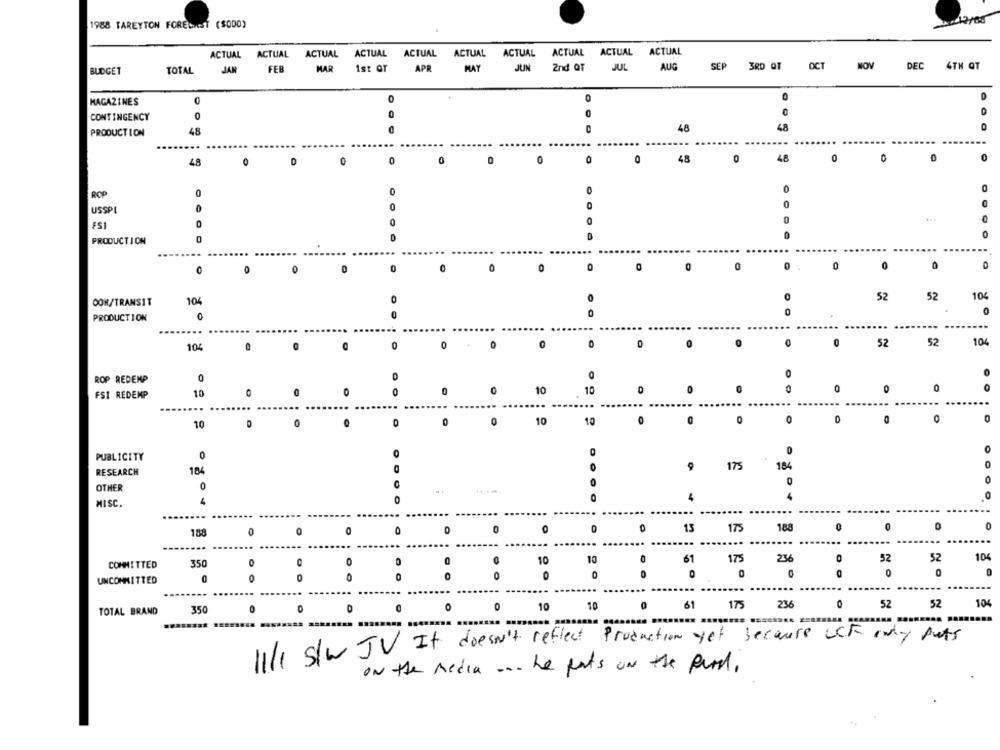
1988 TAREYTON FORECAST ($000)
ACTUAL ACTUAL ACTUAL ACTUAL ACTUAL ACTUAL ACTUAL ACTUAL ACTUAL ACTUAL
MAR 1st OT APR MAY
JUN 2nd QT JUL
AUG
SEP
3RD QT
OCT
NOV
DEC
4TH QT
BUDGET
TOTAL
JAN
FEB
AP
MAGAZINES
0
CONTINGENCY
0
C
48
48
PRODUCTION
48
48
0
48
0
D
0
0
0
0
48
ROP
USSPL
0
0
FSI
PRODUCTION
O
0
0
0
0
104
52
52
104
OOK/TRANSIT
0
PRODUCTION
104
0
0
O
0
52
52
104
ROP REDEMP
0
0
10
10
0
FSI REDEMP
10
0
10
10
0
0
0
0
0
10
O
PUBLICITY
0
0
175
154
0
RESEARCH
184
9
0
0
OTHER
MISC.
0
0
0
0
188
0
0
O
0
0
13
175
188
0
...
...
...
104
10
10
61
175
236
52
52
COMMITTED
350
0
0
0
0
0
0
0
0
0
UNCOMMITTED
0
0
0
10
10
61
175
236
0
52
52
104
TOTAL BRAND
350
0
11/1 s/w JV It doesn't reflect Production yet because UCK only puts
on the media ... he puts on the perd.